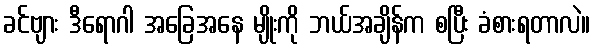
ခင်ဗျား ဒီရောဂါ အခြေအနေ မျိုးကို ဘယ်အချိန်က စပြီး ခံစားရတာလဲ။